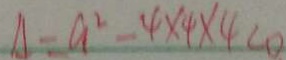
A - a ^ { 2 } - 4 \times 4 \times 4 < 0